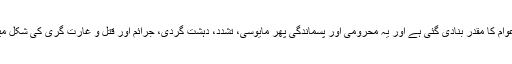
پسماندگی اور محرومی عوام کا مقدر بنادی گئی ہے اور یہ محرومی اور پسماندگی پھر مایوسی، تشدد، دہشت گردی، جرائم اور قتل و غارت گری کی شکل میں اپنا اظہار کررہی ہے۔